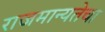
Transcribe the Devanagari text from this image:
राजमान्यतेचा